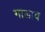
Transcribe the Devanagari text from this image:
गाडाव